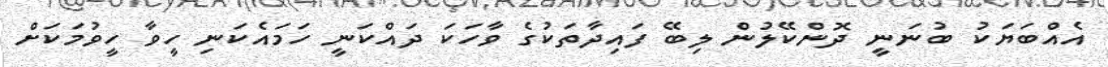
އެއްބަޔަކު ބުނަނީ ދޮންކޭލުން ލިބޭ ފައިދާތަކުގެ ވާހަކަ ދައްކަނީ ހަމައެކަނި ހީވާ ހީވުމަކަށް